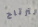
لترتاح